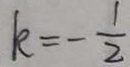
k = - \frac { 1 } { 2 }